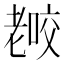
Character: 𰭫